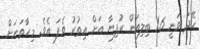
ހޭދަ ވަނީ 1.6 ބިލިއަން ރުފިޔާ އަށް އިތުރު ވެފަ އެވެ. މިހާތަނަށް